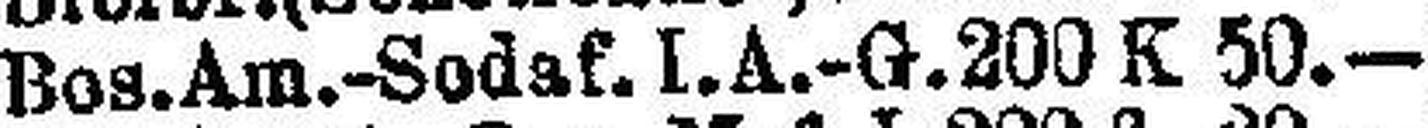
Bos. Am.-Sodaf. I. A.-G. 200 K 50.—